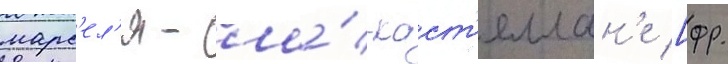
марс'ел'я - ла́-каст'еллан'е [фр.